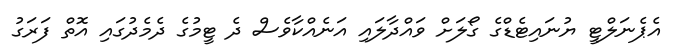
އެޕެނަލްޓީ ޔުނައިޓެޑްގެ ގޯލަށް ވައްދާލައި އަނެއްކާވެސް ދެ ޓީމުގެ ދެމެދުގައި އޮތް ފަރަގު